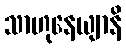
သာဟုနေယျာနိ